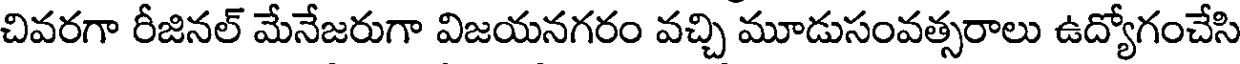
చివరగా రీజినల్ మేనేజరుగా విజయనగరం వచ్చి మూడుసంవత్సరాలు ఉద్యోగంచేసి